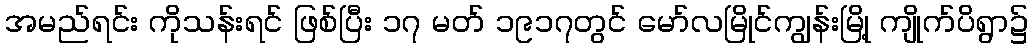
အမည်ရင်း ကိုသန်းရင် ဖြစ်ပြီး ၁၇ မတ် ၁၉၁၇တွင် မော်လမြိုင်ကျွန်းမြို့ ကျိုက်ပိရွာ၌